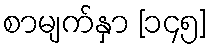
စာမျက်နှာ [၁၄၅]